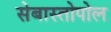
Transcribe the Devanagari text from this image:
सेबास्तोपोल